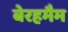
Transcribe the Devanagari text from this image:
बेरहमैम